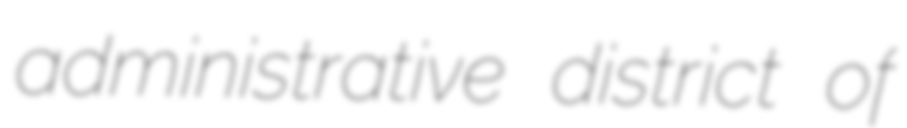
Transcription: administrative district of